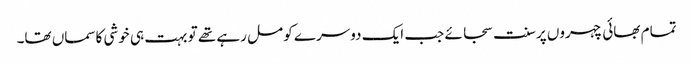
تمام بھائی چہروں پر سنت سجائے جب ایک دوسرے کو مل رہے تھے تو بہت ہی خوشی کاسماں تھا۔